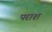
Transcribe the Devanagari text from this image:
पराश